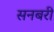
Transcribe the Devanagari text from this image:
सनबरी